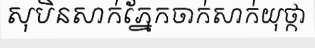
សុបិនសាក់ភ្នែកចាក់សាក់យុថ្កា